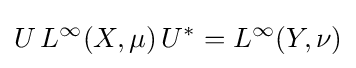
U\,L^{\infty }(X,\mu )\,U^{*}=L^{\infty }(Y,\nu )